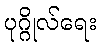
ပုဂ္ဂိုလ်ရေး